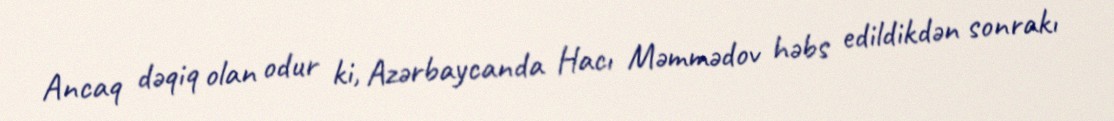
Ancaq dəqiq olan odur ki, Azərbaycanda Hacı Məmmədov həbs edildikdən sonrakı